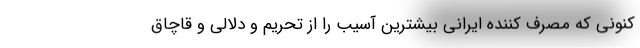
کنونی که مصرف کننده ایرانی بیشترین آسیب را از تحریم و دلالی و قاچاق